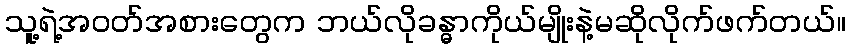
သူ့ရဲ့အဝတ်အစားတွေက ဘယ်လိုခန္ဓာကိုယ်မျိုးနဲ့မဆိုလိုက်ဖက်တယ်။